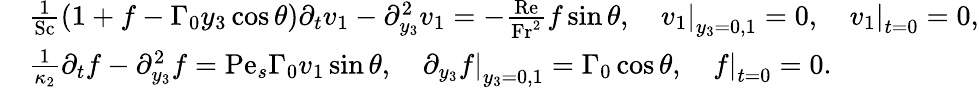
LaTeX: \begin{array}{rl}&{\frac{1}{\mathrm{Sc}}\left(1+f-\Gamma_{0}y_{3}\cos\theta\right)\partial_{t}v_{1}-\partial_{y_{3}}^{2}v_{1}=-\frac{\mathrm{Re}}{\mathrm{Fr}^{2}}f\sin\theta,\quad\left.v_{1}\right|_{y_{3}=0,1}=0,\quad\left.v_{1}\right|_{t=0}=0,}\\ &{\frac{1}{\kappa_{2}}\partial_{t}f-\partial_{y_{3}}^{2}f=\mathrm{Pe}_{s}\Gamma_{0}v_{1}\sin\theta,\quad\left.\partial_{y_{3}}f\right|_{y_{3}=0,1}=\Gamma_{0}\cos\theta,\quad\left.f\right|_{t=0}=0.}\end{array}